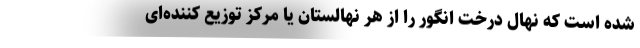
شده است که نهال درخت انگور را از هر نهالستان یا مرکز توزیع کننده‌ای